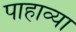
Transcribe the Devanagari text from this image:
पाहाव्या